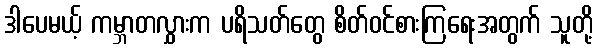
ဒါပေမယ့် ကမ္ဘာတလွှားက ပရိသတ်တွေ စိတ်ဝင်စားကြရေးအတွက် သူတို့